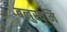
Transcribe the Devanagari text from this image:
बलुस्वमि